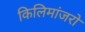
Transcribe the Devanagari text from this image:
किलिमांजरो